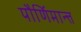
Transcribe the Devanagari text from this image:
पौर्णिमान्त्त